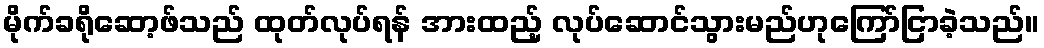
မိုက်ခရိုဆော့ဖ်သည် ထုတ်လုပ်ရန် အားထည့် လုပ်ဆောင်သွားမည်ဟုကြော်ငြာခဲ့သည်။